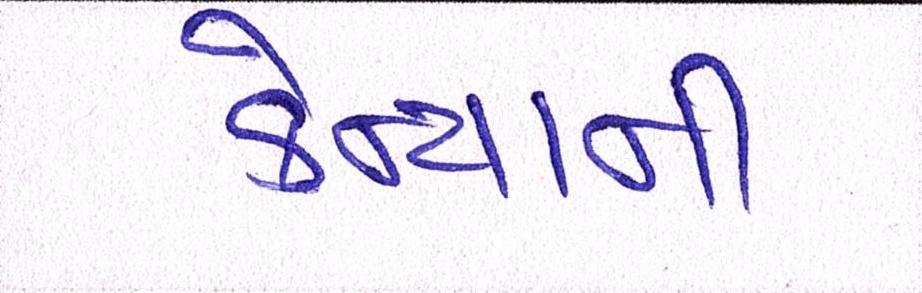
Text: કેન્યાની